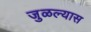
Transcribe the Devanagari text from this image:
जुळल्यास